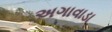
અગાવાડા